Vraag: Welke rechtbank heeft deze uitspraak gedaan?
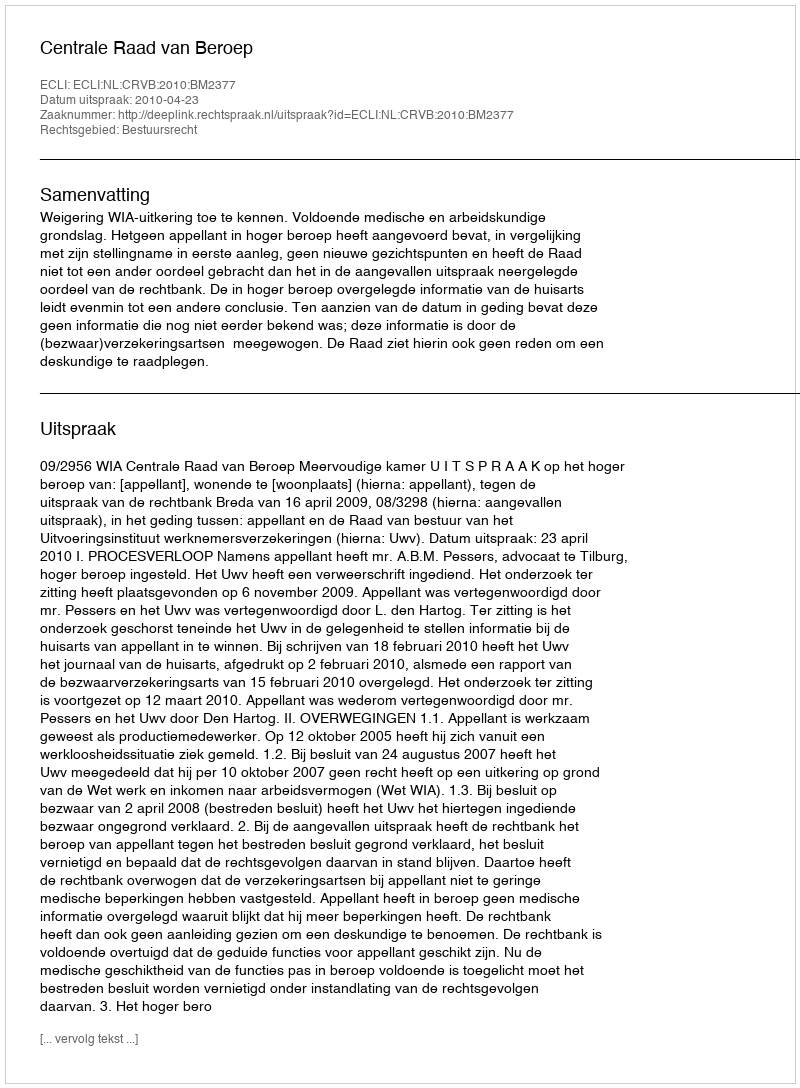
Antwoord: Centrale Raad van Beroep